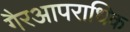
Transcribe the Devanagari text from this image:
गैरआपराधिक